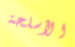
الأسلحة